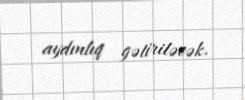
aydınlıq gətiriləcək.